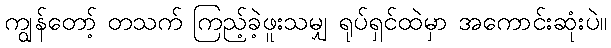
ကျွန်တော့် တသက် ကြည့်ခဲ့ဖူးသမျှ ရုပ်ရှင်ထဲမှာ အကောင်းဆုံးပဲ။